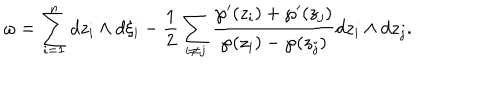
LaTeX: \omega = \sum _ { i = 1 } ^ { n } d z _ { i } \wedge d \xi _ { i } - \frac { 1 } { 2 } \sum _ { i \ne j } \frac { \wp ^ { \prime } ( z _ { i } ) + \wp ^ { \prime } ( z _ { j } ) } { \wp ( z _ { i } ) - \wp ( z _ { j } ) } d z _ { i } \wedge d z _ { j } .